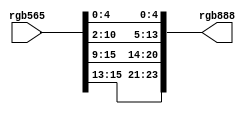
module RGB565to888(
	rgb565,
	rgb888);

	//---Ports declearation: generated by Robei---
	input [15:0] rgb565;
	output [23:0] rgb888;

	wire [15:0] rgb565;
	wire [23:0] rgb888;

	//----Code starts here: integrated by Robei-----
	
	/**********************************************************************************************************************************/
	/****************************	RGB565 to RGB888	*************************************************************************/
	/*	For instance	:	**************************************************************************************************************/
	/*********************************************************************************************************************************/
	/*****	16bit RGB656 R4 R3 R2 R1 R0 G5 G4 G3 G2 G1 G0 B4 B3 B2 B1 B0	***************************************/
	/**********************************************************************************************************************************/
	/*****	24ibt RGB888 R4 R3 R2 R1 R0 R2 R1 R0 G5 G4 G3 G2 G1 G0 G1 G0 B4 B3 B2 B1 B0 B2 B1 B0	********/
	/**********************************************************************************************************************************/
	
	
	
	assign		rgb888[4:0]		=		rgb565[4:0];
	
	assign		rgb888[7:5]		=		rgb565[4:2];
	
	assign		rgb888[13:8]		=		rgb565[10:5];
	
	assign		rgb888[15:14]		=		rgb565[10:9];
	
	assign		rgb888[20:16]		=		rgb565[15:11];
	
	assign		rgb888[23:21]		=		rgb565[15:13];
	
	
endmodule    //RGB565to888